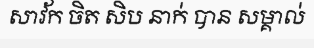
សាវ័ក ចិត សិប នាក់ បាន សម្គាល់